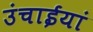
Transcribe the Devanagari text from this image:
उंचाईयां